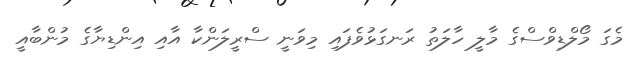
މެގަ މޯލްޑިވްސްގެ މާލީ ހާލަތު ރަނގަޅުވެފައި މިވަނީ ސްރީލަންކާ އާއި އިންޑިޔާގެ މުންބާއީ